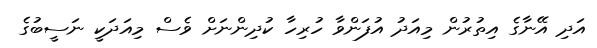
އަދި އޭނާގެ އިތުރުން މިއަދު އުފަންވާ ހުރިހާ ކުދިންނަށް ވެސް މިއަދަކީ ނަސީބުގެ